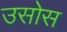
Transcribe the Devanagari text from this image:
उसोस